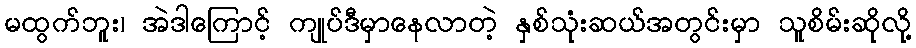
မထွက်ဘူး၊ အဲဒါကြောင့် ကျုပ်ဒီမှာနေလာတဲ့ နှစ်သုံးဆယ်အတွင်းမှာ သူစိမ်းဆိုလို့